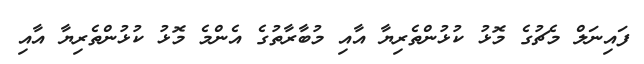
ފައިނަލް މެޗުގެ މޮޅު ކުޅުންތެރިޔާ އާއި މުބާރާތުގެ އެންމެ މޮޅު ކުޅުންތެރިޔާ އާއި